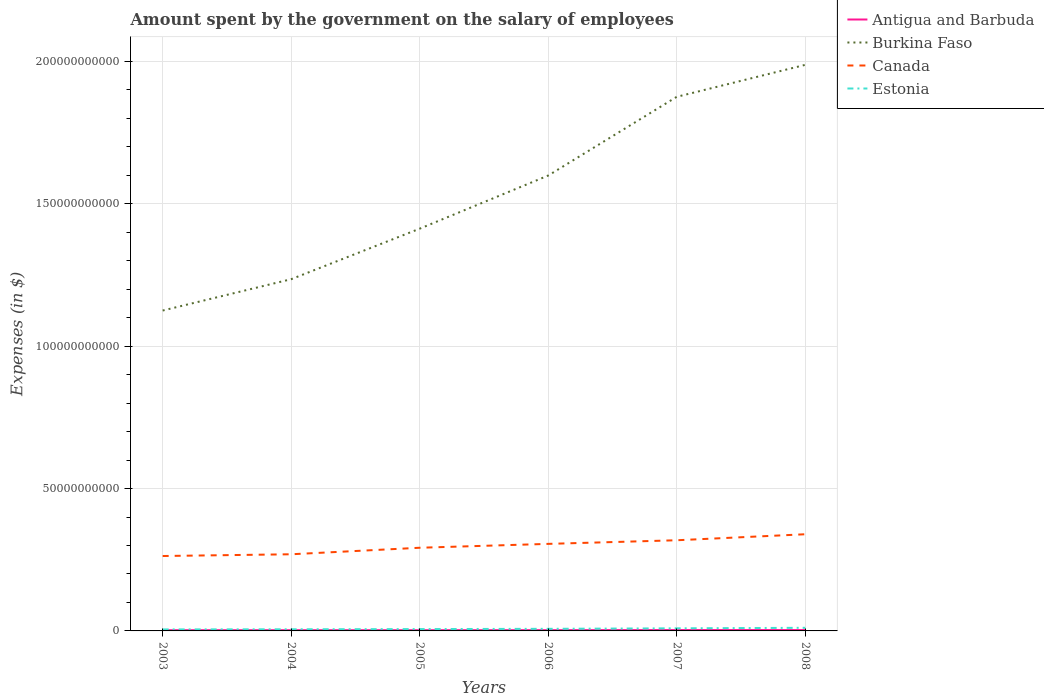
| Years | Antigua and Barbuda | Burkina Faso | Canada | Estonia |
 | --- | --- | --- | --- | --- |
 | 2003 | 2.5e+08 | 1.13e+11 | 2.63e+10 | 5.26e+08 |
 | 2004 | 2.51e+08 | 1.24e+11 | 2.69e+10 | 5.75e+08 |
 | 2005 | 2.53e+08 | 1.41e+11 | 2.92e+10 | 6.46e+08 |
 | 2006 | 2.68e+08 | 1.6e+11 | 3.06e+10 | 7.36e+08 |
 | 2007 | 3.09e+08 | 1.88e+11 | 3.18e+10 | 9.16e+08 |
 | 2008 | 3e+08 | 1.99e+11 | 3.4e+10 | 1.09e+09 |